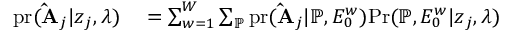
\begin{array} { r l } { \mathrm { p r } ( \mathbf { \hat { A } } _ { j } | \boldsymbol { z } _ { j } , \boldsymbol { \lambda } ) } & { { } = \sum _ { w = 1 } ^ { W } \sum _ { \mathbb { P } } \mathrm { p r } ( \mathbf { \hat { A } } _ { j } | \mathbb { P } , E _ { 0 } ^ { w } ) \mathrm { P r } ( \mathbb { P } , E _ { 0 } ^ { w } | \boldsymbol { z } _ { j } , \boldsymbol { \lambda } ) } \end{array}